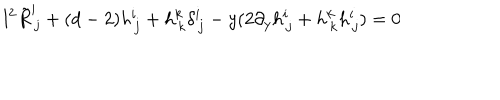
LaTeX: l ^ { 2 } \tilde { R } _ { \, j } ^ { i } + ( d - 2 ) h _ { \, j } ^ { i } + h _ { \, k } ^ { k } \delta _ { \, j } ^ { i } - y ( 2 \partial _ { y } h _ { \, j } ^ { i } + h _ { \, k } ^ { k } h _ { \, j } ^ { i } ) = 0